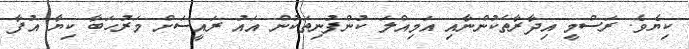
ކިޔެވެ. ރަސްމީ އިދާރާތަކުންނާއި އަމިއްލަ ކުންފުނިތަކުން އައު ރައީސަށް މަރުހަބާ ކިޔާ އުފާ